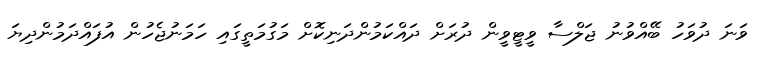
ވަނަ ދުވަހު ބޭއްވުނު ޖަލްސާ ވީޓީވީން ދުރަށް ދައްކަމުންދަނިކޮށް މަގުމަތީގައި ހަމަނުޖެހުން އުފައްދަމުންދިޔަ